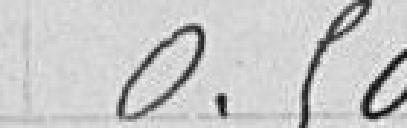
0.50